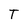
Character: T